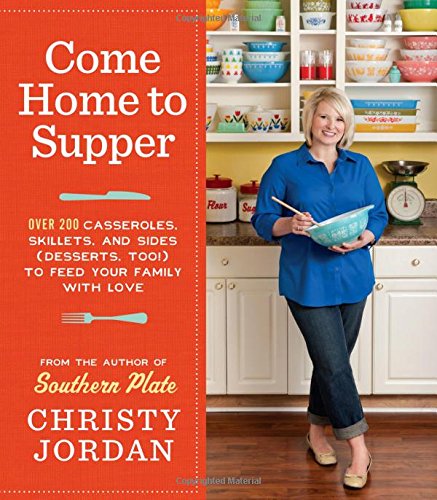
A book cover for Come Home to Supper: Over 200 Casseroles, Skillets, and Sides (Desserts, Too!) to Feed Your Family with Love; Christy Jordan; Cookbooks, Food & Wine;